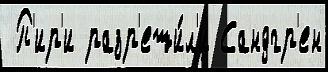
 П'ир'и разр'еши́л'и Сандгр'ен